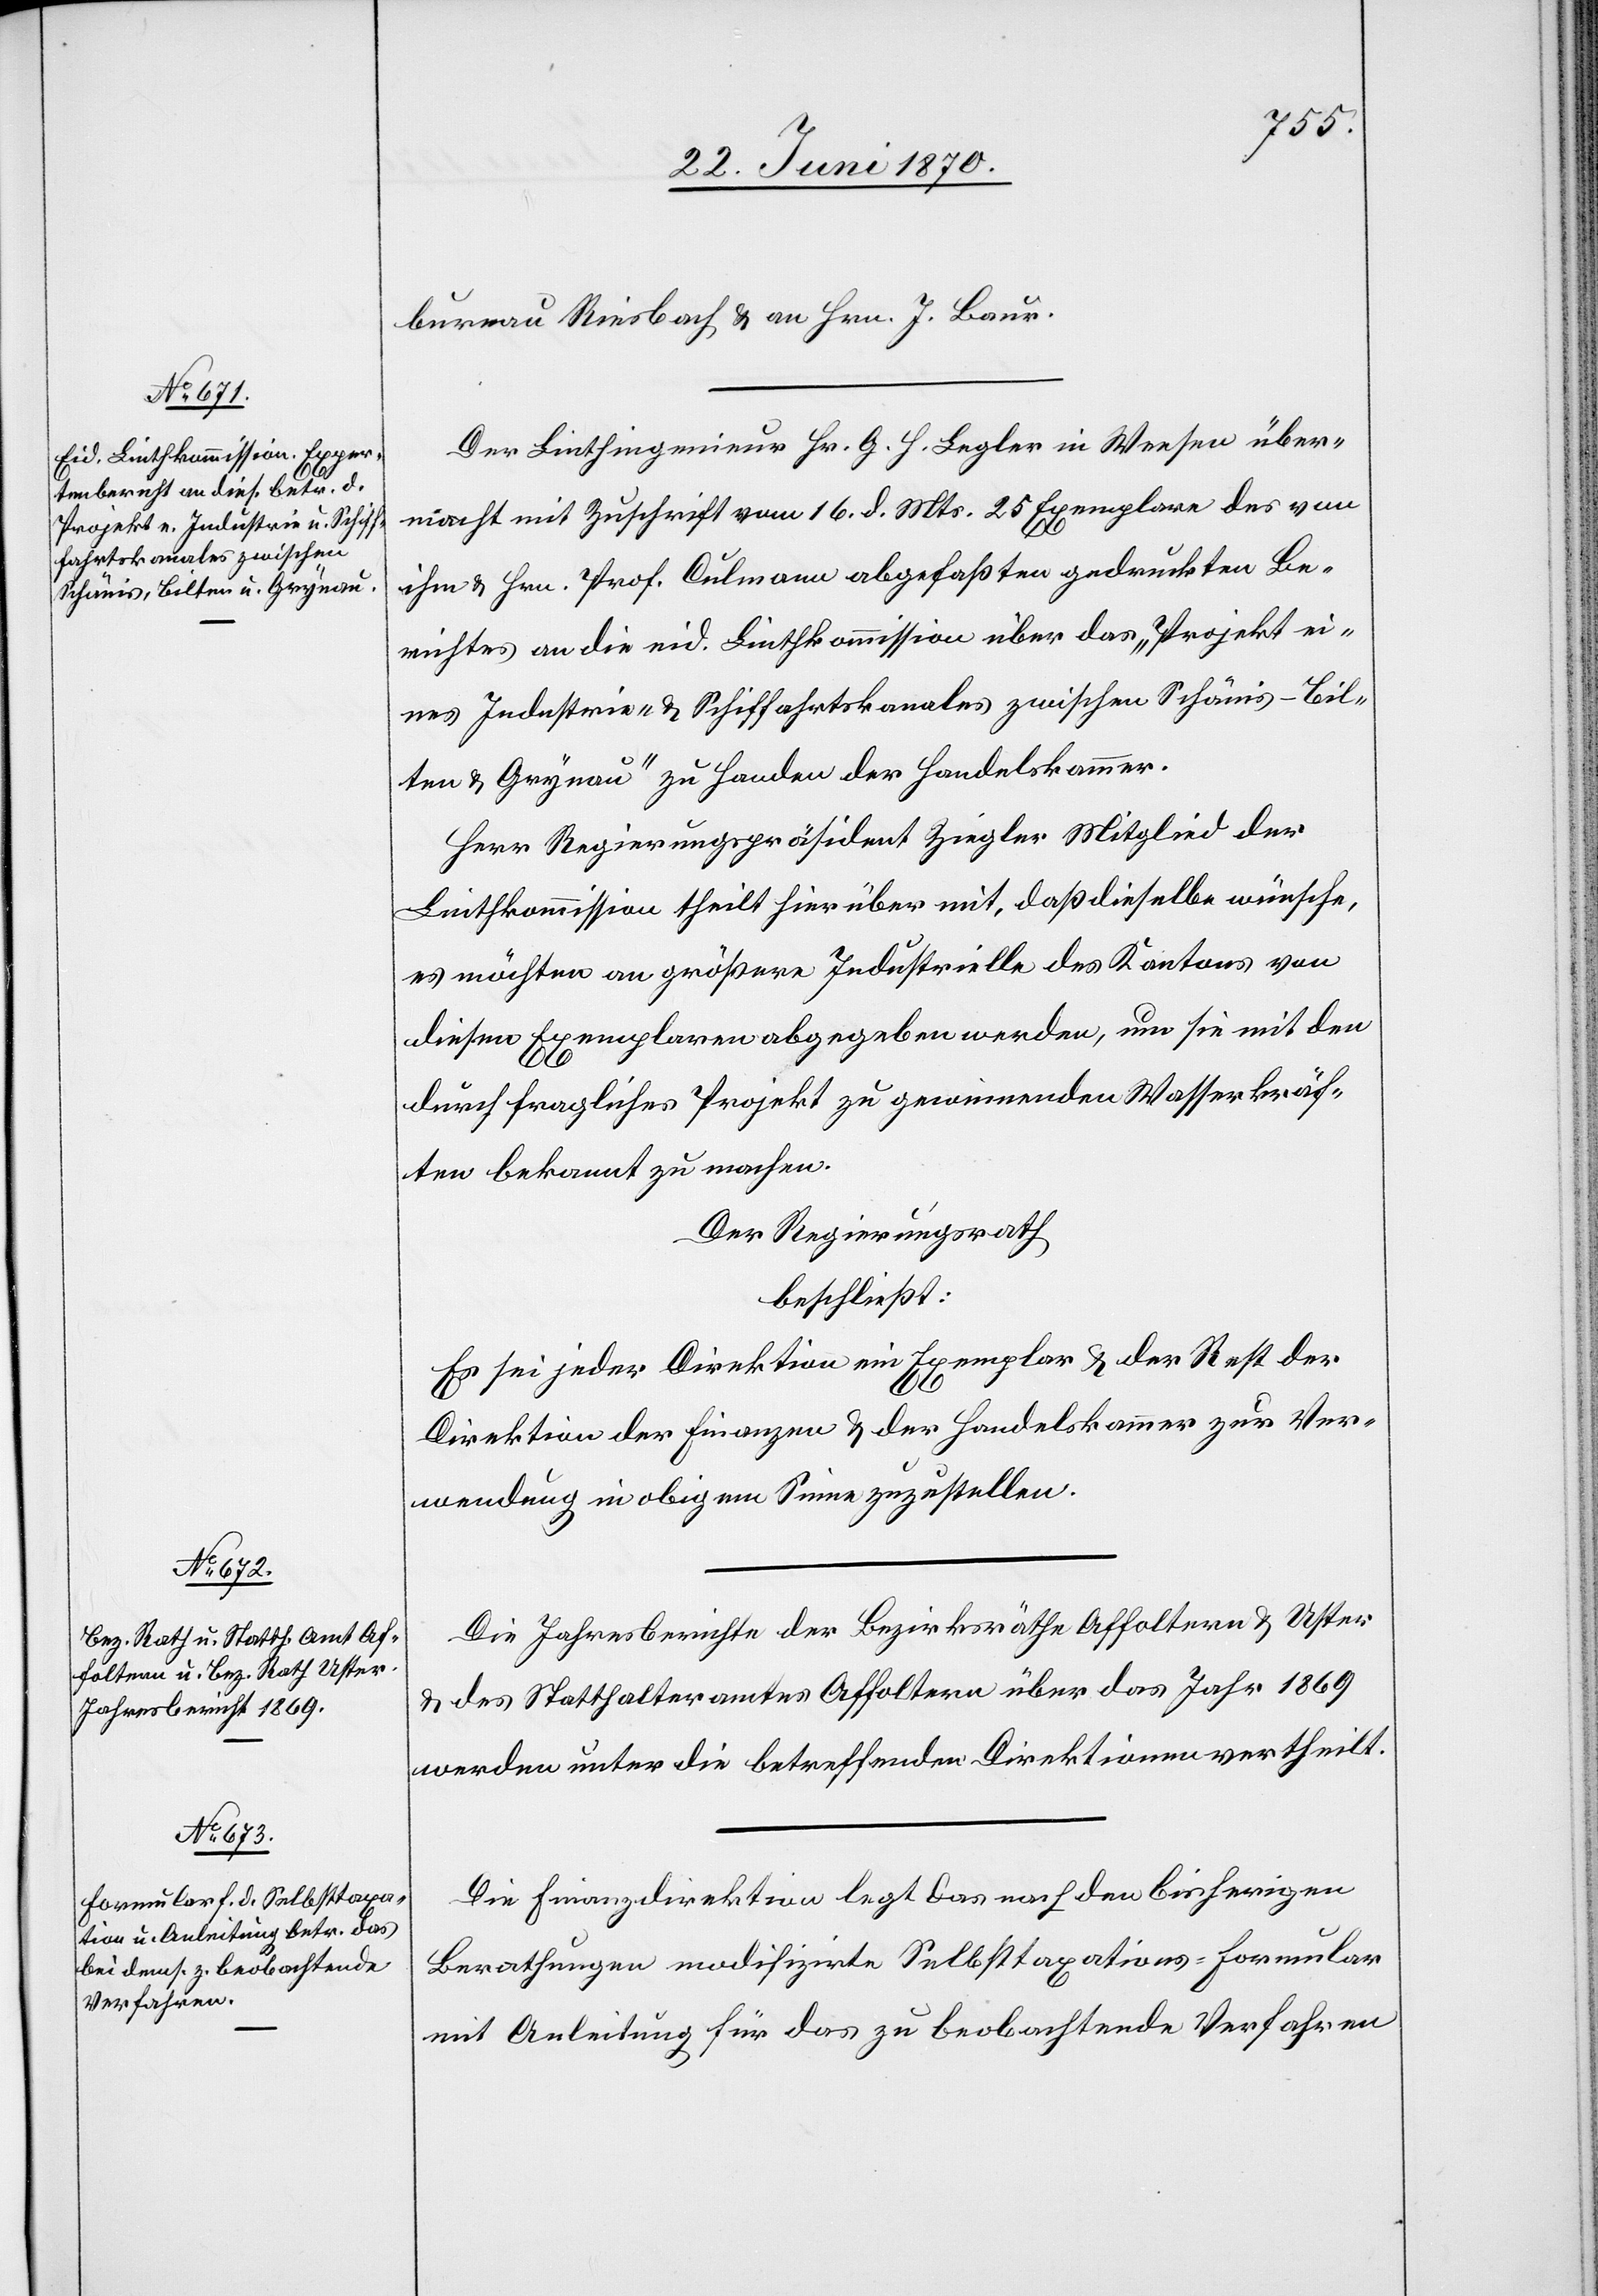
bureau Riesbach & an Hrn. J. Baur.
Der Linthingenieur Hr. G. H. Legler in Weesen über¬
macht mit Zuschrift vom 16. d. Mts. 25 Exemplare des von
ihm & Hrn. Prof. Culmann abgefaßten gedruckten Be¬
richtes an die eid. Linthkommission über das „Projekt ei¬
nes Industrie- & Schiffahrtskanales zwischen Schänis - Bil¬
ten & Grynau“ zu Handen der Handelskammer.
Herr Regierungspräsident Ziegler Mitglied der
Linthkommission theilt hierüber mit, daß dieselbe wünsche,
es möchten an größere Industrielle des Kantons von
diesem Exemplaren abgegeben werden, um sie mit den
durch fragliches Projekt zu gewinnenden Wasserkräf¬
ten bekannt zu machen.
Der Regierungsrath,
beschließt:
Es sei jeder Direktion ein Exemplar & der Rest der
Direktion der Finanzen & der Handelskammer zur Ver¬
wendung in obigem Sinne zuzustellen.
Die Jahresberichte der Bezirksräthe Affoltern & Uster
& des Statthalteramtes Affoltern über das Jahr 1869
werden unter die betreffenden Direktionen vertheilt.
Die Finanzdirektion legt das nach den bisherigen
Berathungen modifizirte Selbsttaxations-Formular
mit Anleitung für das zu beobachtende Verfahren